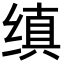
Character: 缜